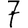
Digit: 7